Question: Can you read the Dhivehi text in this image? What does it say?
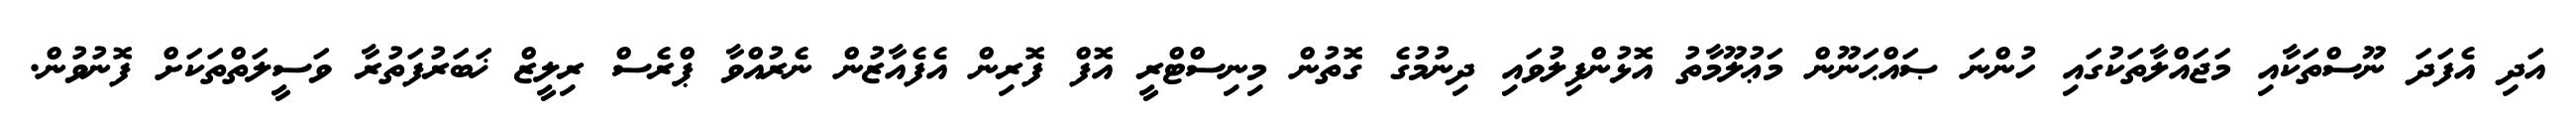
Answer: އަދި އެފަދަ ނޫސްތަކާއި މަޖައްލާތަކުގައި ހުންނަ ޞައްޙަނޫން މަޢުލޫމާތު އޮޅުންފިލުވައި ދިނުމުގެ ގޮތުން މިނިސްޓްރީ އޮފް ފޮރިން އެފެއާޒުން ނެރުއްވާ ޕްރެސް ރިލީޒް ޚަބަރުފަތުރާ ވަސީލަތްތަކަށް ފޮނުވުން.